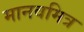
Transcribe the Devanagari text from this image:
मानवमित्र